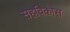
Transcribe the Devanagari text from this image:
सहविकास